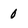
Character: 0